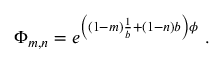
\Phi _ { m , n } = e ^ { \left( ( 1 - m ) \frac { 1 } { b } + ( 1 - n ) b \right) \phi } ~ .